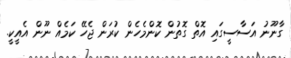
ގާނޫނު އަސާސީގައި އޮތް ގޮތުން ކޮންމެހެން ކުރަން ޖެހޭ ކަމެއް ނޫން އެއީކީ.